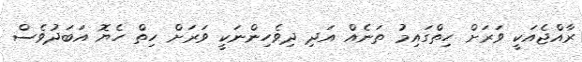
ރާއްޖެއަކީ ވަރަށް ހިތްގައިމު ތަނެއް އަދި ދިވެހިންނަކީ ވަރަށް ހިތް ހެޔޮ އަބަދުވެސް